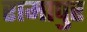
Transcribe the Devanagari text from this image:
रामापुर